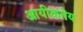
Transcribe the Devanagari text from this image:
आयीकतेय